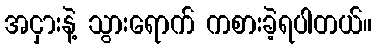
အငှားနဲ့ သွားရောက် ကစားခဲ့ရပါတယ်။